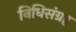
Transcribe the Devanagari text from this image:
निधिसंग्रह